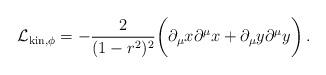
LaTeX: \begin{align*}{\cal L}_{{\rm kin,\phi}} = -{2\over (1-r^2)^2} \bigg( \partial_\mu x\partial^\mu x + \partial_\mu y \partial^\mu y\bigg)\,.\end{align*}